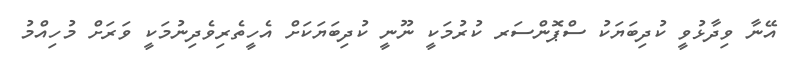
އޭނާ ވިދާޅުވީ ކުދިބަޔަކު ސްޕޮންސަރ ކުރުމަކީ ނޫނީ ކުދިބަޔަކަށް އެހީތެރިވެދިނުމަކީ ވަރަށް މުހިއްމު